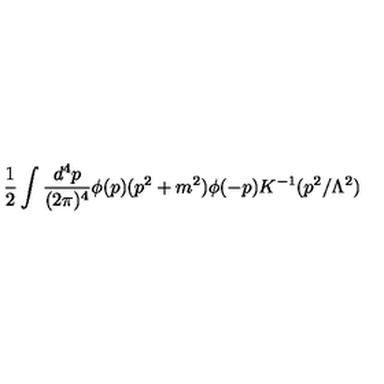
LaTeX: { \frac { 1 } { 2 } } \int { \frac { d ^ { 4 } p } { ( 2 \pi ) ^ { 4 } } } \phi ( p ) ( p ^ { 2 } + m ^ { 2 } ) \phi ( - p ) K ^ { - 1 } ( p ^ { 2 } / \Lambda ^ { 2 } )